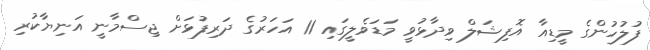
ފުލުހުންގެ މީޑިއާ އޮފިޝަލް ވިދާޅުވީ މަޑަވެލީގައި 11 އަހަރުގެ ދަރިފުޅަށް ޖިސްމާނީ އަނިޔާކުރި